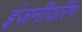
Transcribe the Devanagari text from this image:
इंजनीयरिंग